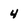
Character: 4